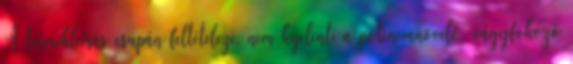
A termékleírás csupán feltételezi, nem kijelenti a potencianövelő, vágyfokozó